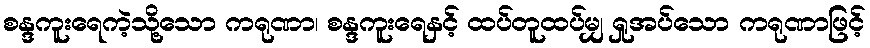
စန္ဒကူးရေကဲ့သို့သော ကရုဏာ၊ စန္ဒကူးရေနှင့် ထပ်တူထပ်မျှ ရှုအပ်သော ကရုဏာဖြင့်